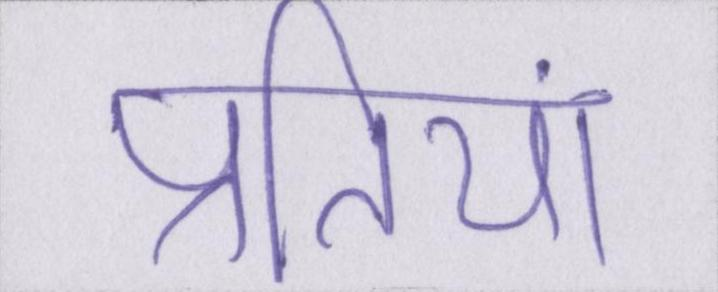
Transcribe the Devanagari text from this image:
प्रतियां